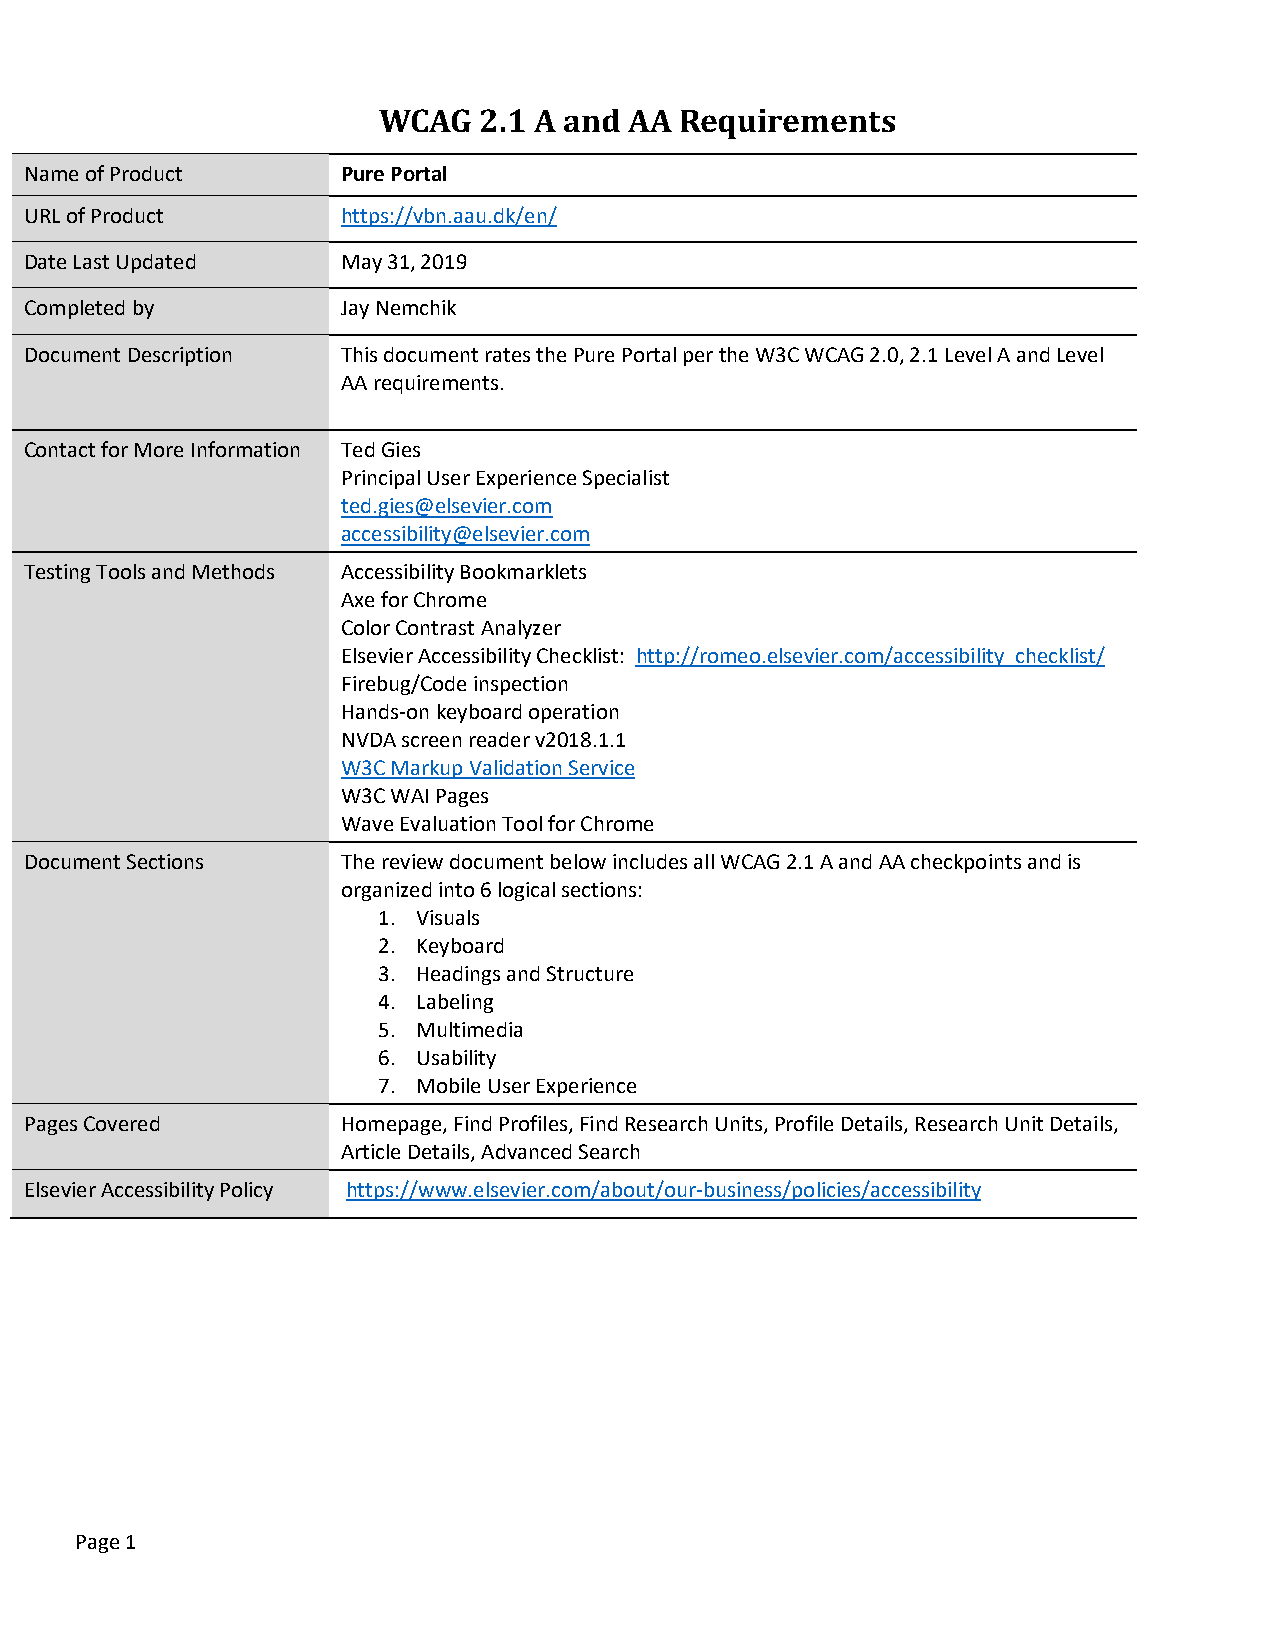
WCAG   2.1 A and AA Requirements
 Name of Product      Pure Portal
 URL of Product       https://vbn.aau.dk/en/
 Date Last Updated    May 31, 2019
 Completed by         Jay Nemchik
 Document Description This document rates the Pure Portal per the W3C WCAG 2.0, 2.1 Level A and Level
 AA requirements.
 Contact for More Information Ted Gies
 Principal User Experience Specialist
 ted.gies@elsevier.com
 accessibility@elsevier.com
 Testing Tools and Methods Accessibility Bookmarklets
 Axe for Chrome
 Color Contrast Analyzer
 Elsevier Accessibility Checklist: http://romeo.elsevier.com/accessibility_checklist/
 Firebug/Code inspection
 Hands-on keyboard operation
 NVDA screen reader v2018.1.1
 W3C Markup Validation Service
 W3C WAI Pages
 Wave Evaluation Tool for Chrome
 Document Sections    The review document below includes all WCAG 2.1 A and AA checkpoints and is
 organized into 6 logical sections:
 1. Visuals
 2. Keyboard
 3. Headings and Structure
 4. Labeling
 5. Multimedia
 6. Usability
 7. Mobile User Experience
 Pages Covered        Homepage, Find Profiles, Find Research Units, Profile Details, Research Unit Details,
 Article Details, Advanced Search
 Elsevier Accessibility Policy https://www.elsevier.com/about/our-business/policies/accessibility
 Page 1